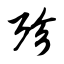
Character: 殄